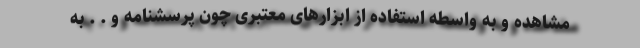
مشاهده و به واسطه استفاده از ابزارهای معتبری چون پرسشنامه و . . به